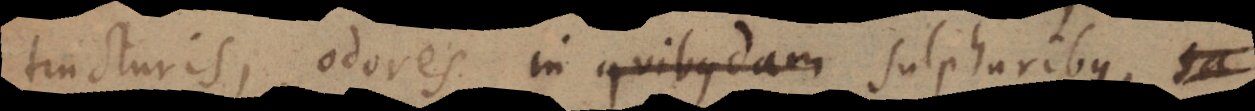
tincturis, odores in quibusdam sulphuribus,